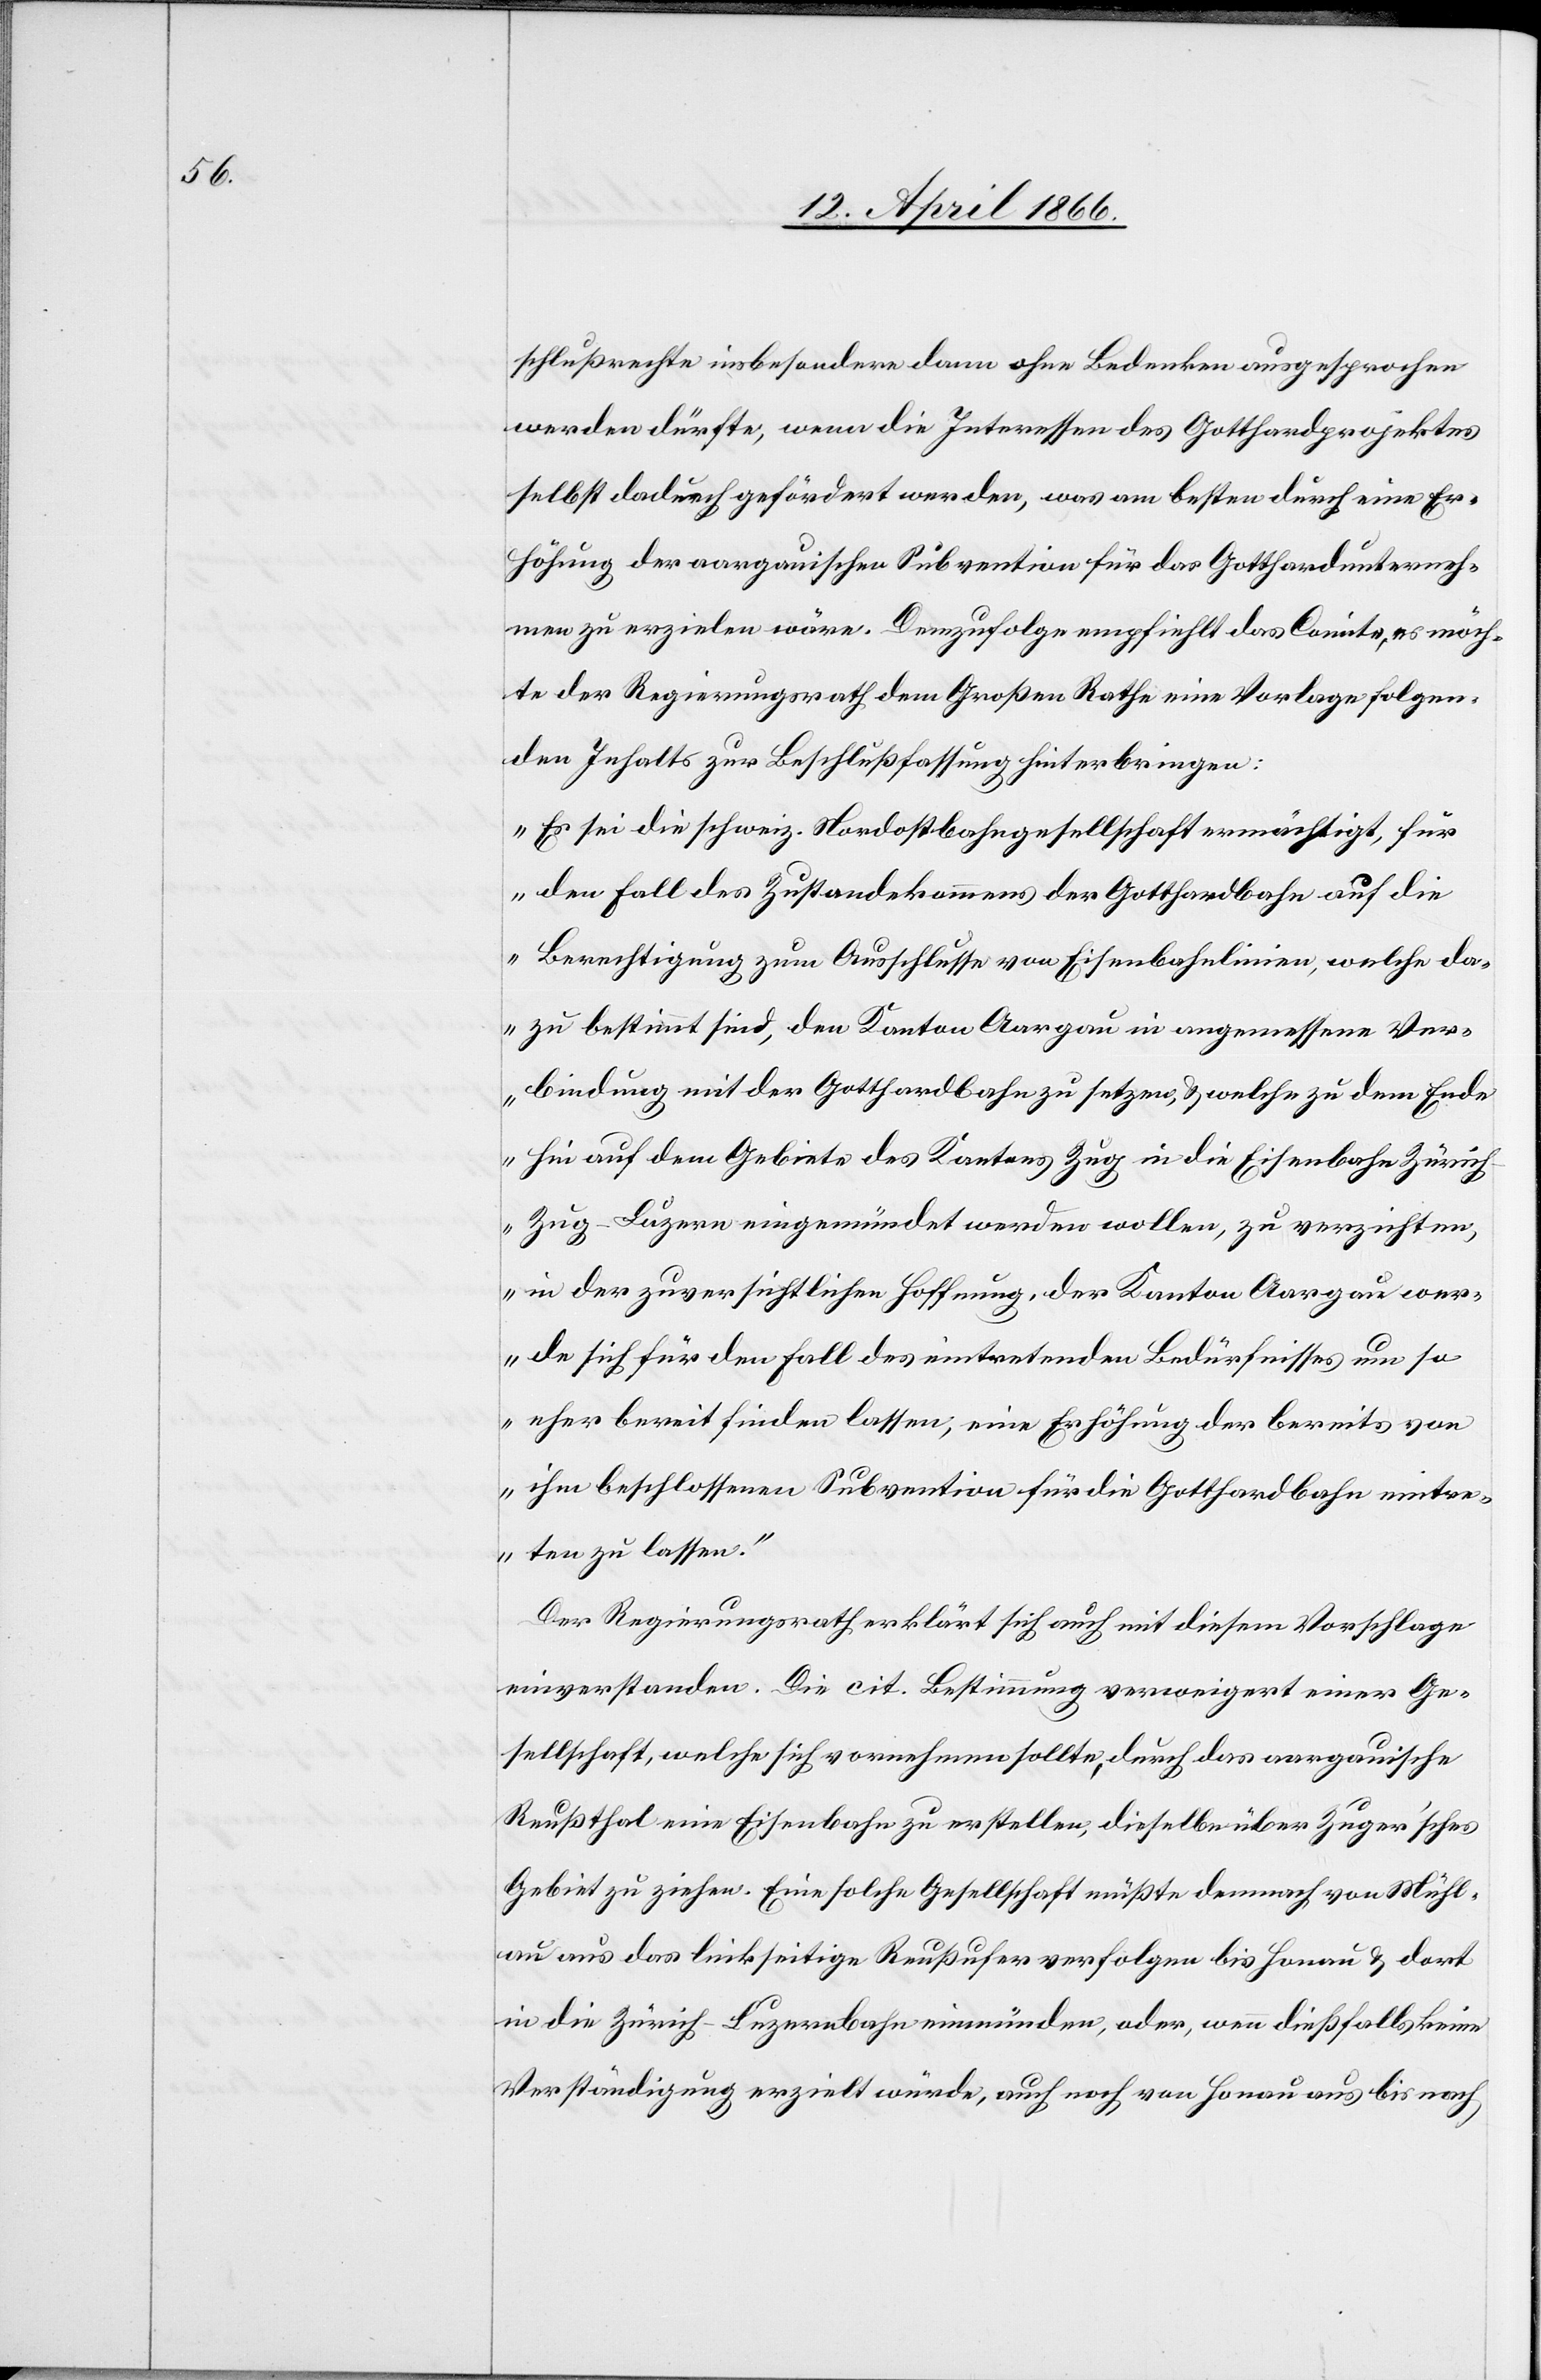
schlußrechte insbesondere dann ohne Bedenken ausgesprochen
werden dürfte, wenn die Interessen des Gotthardprojektes
selbst dadurch gefährdet werden, was am besten durch eine Er¬
höhung der aargauischen Subvention für das Gotthardunterneh¬
men zu erzielen wäre. Demzufolge empfiehlt das Comité, es möch¬
te der Regierungsrath dem Großen Rathe eine Vorlage folgen¬
den Inhalts zur Beschlußfassung hinterbringen:
„Es sei die schweiz. Nordostbahngesellschaft ermächtigt, für
den Fall des Zustandekommens der Gotthardbahn auf die
Berechtigung zum Ausschlusse von Eisenbahnlinien, welche da¬
zu bestimmt sind, den Kanton Aargau in angemessene Ver¬
bindung mit der Gotthardbahn zu setzen, u. welche zu dem Ende
hin auf dem Gebiete des Kantons Zug in die Eisenbahn Züric¬
h–Zug–Luzern eingemündet werden wollen, zu verzichten,
in der zuversichtlichen Hoffnung, der Kanton Aargau wer¬
de sich für den Fall des eintretenden Bedürfnisses um so
eher bereit finden lassen, eine Erhöhung der bereits von
ihm beschlossenen Subvention für die Gotthardbahn eintre¬
ten zu lassen.“
Der Regierungsrath erklärt sich auch mit diesem Vorschlage
einverstanden. Die cit. Bestimmung verweigert einer Ge¬
sellschaft, welche sich vornehmen sollte, durch das aargauische
Reußthal eine Eisenbahn zu erstellen, dieselbe über Zuger’sches
Gebiet zu ziehen. Eine solche Gesellschaft müßte demnach von Mühl¬
au aus das linkseitige Reußufer verfolgen bis Honau u. dort
in die Zürich–Zug–Luzernbahn einmünden, oder, wenn dießfalls keine
Verständigung erzielt würde, auch noch von Honau aus bis nach